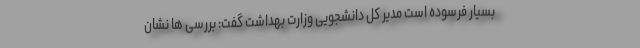
بسیار فرسوده است مدیر کل دانشجویی وزارت بهداشت گفت: بررسی ها نشان